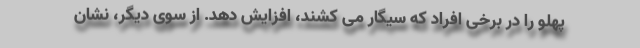
پهلو را در برخی افراد که سیگار می کشند، افزایش دهد. از سوی دیگر، نشان